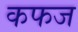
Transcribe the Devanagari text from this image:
कफज